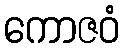
ကောဇဝံ